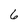
Character: 6